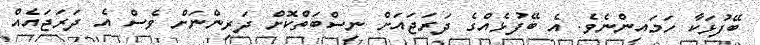
ބޭފުޅަކާ ހަމައިންނެވެ. އެ ބޭފުޅެއްގެ ދަރަޖައަށް ނިސްބަތްކޮށް ދަރިންނަށް ވެސް އެ ދަރަޖައެއް